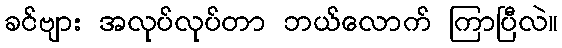
ခင်ဗျား အလုပ်လုပ်တာ ဘယ်လောက် ကြာပြီလဲ။